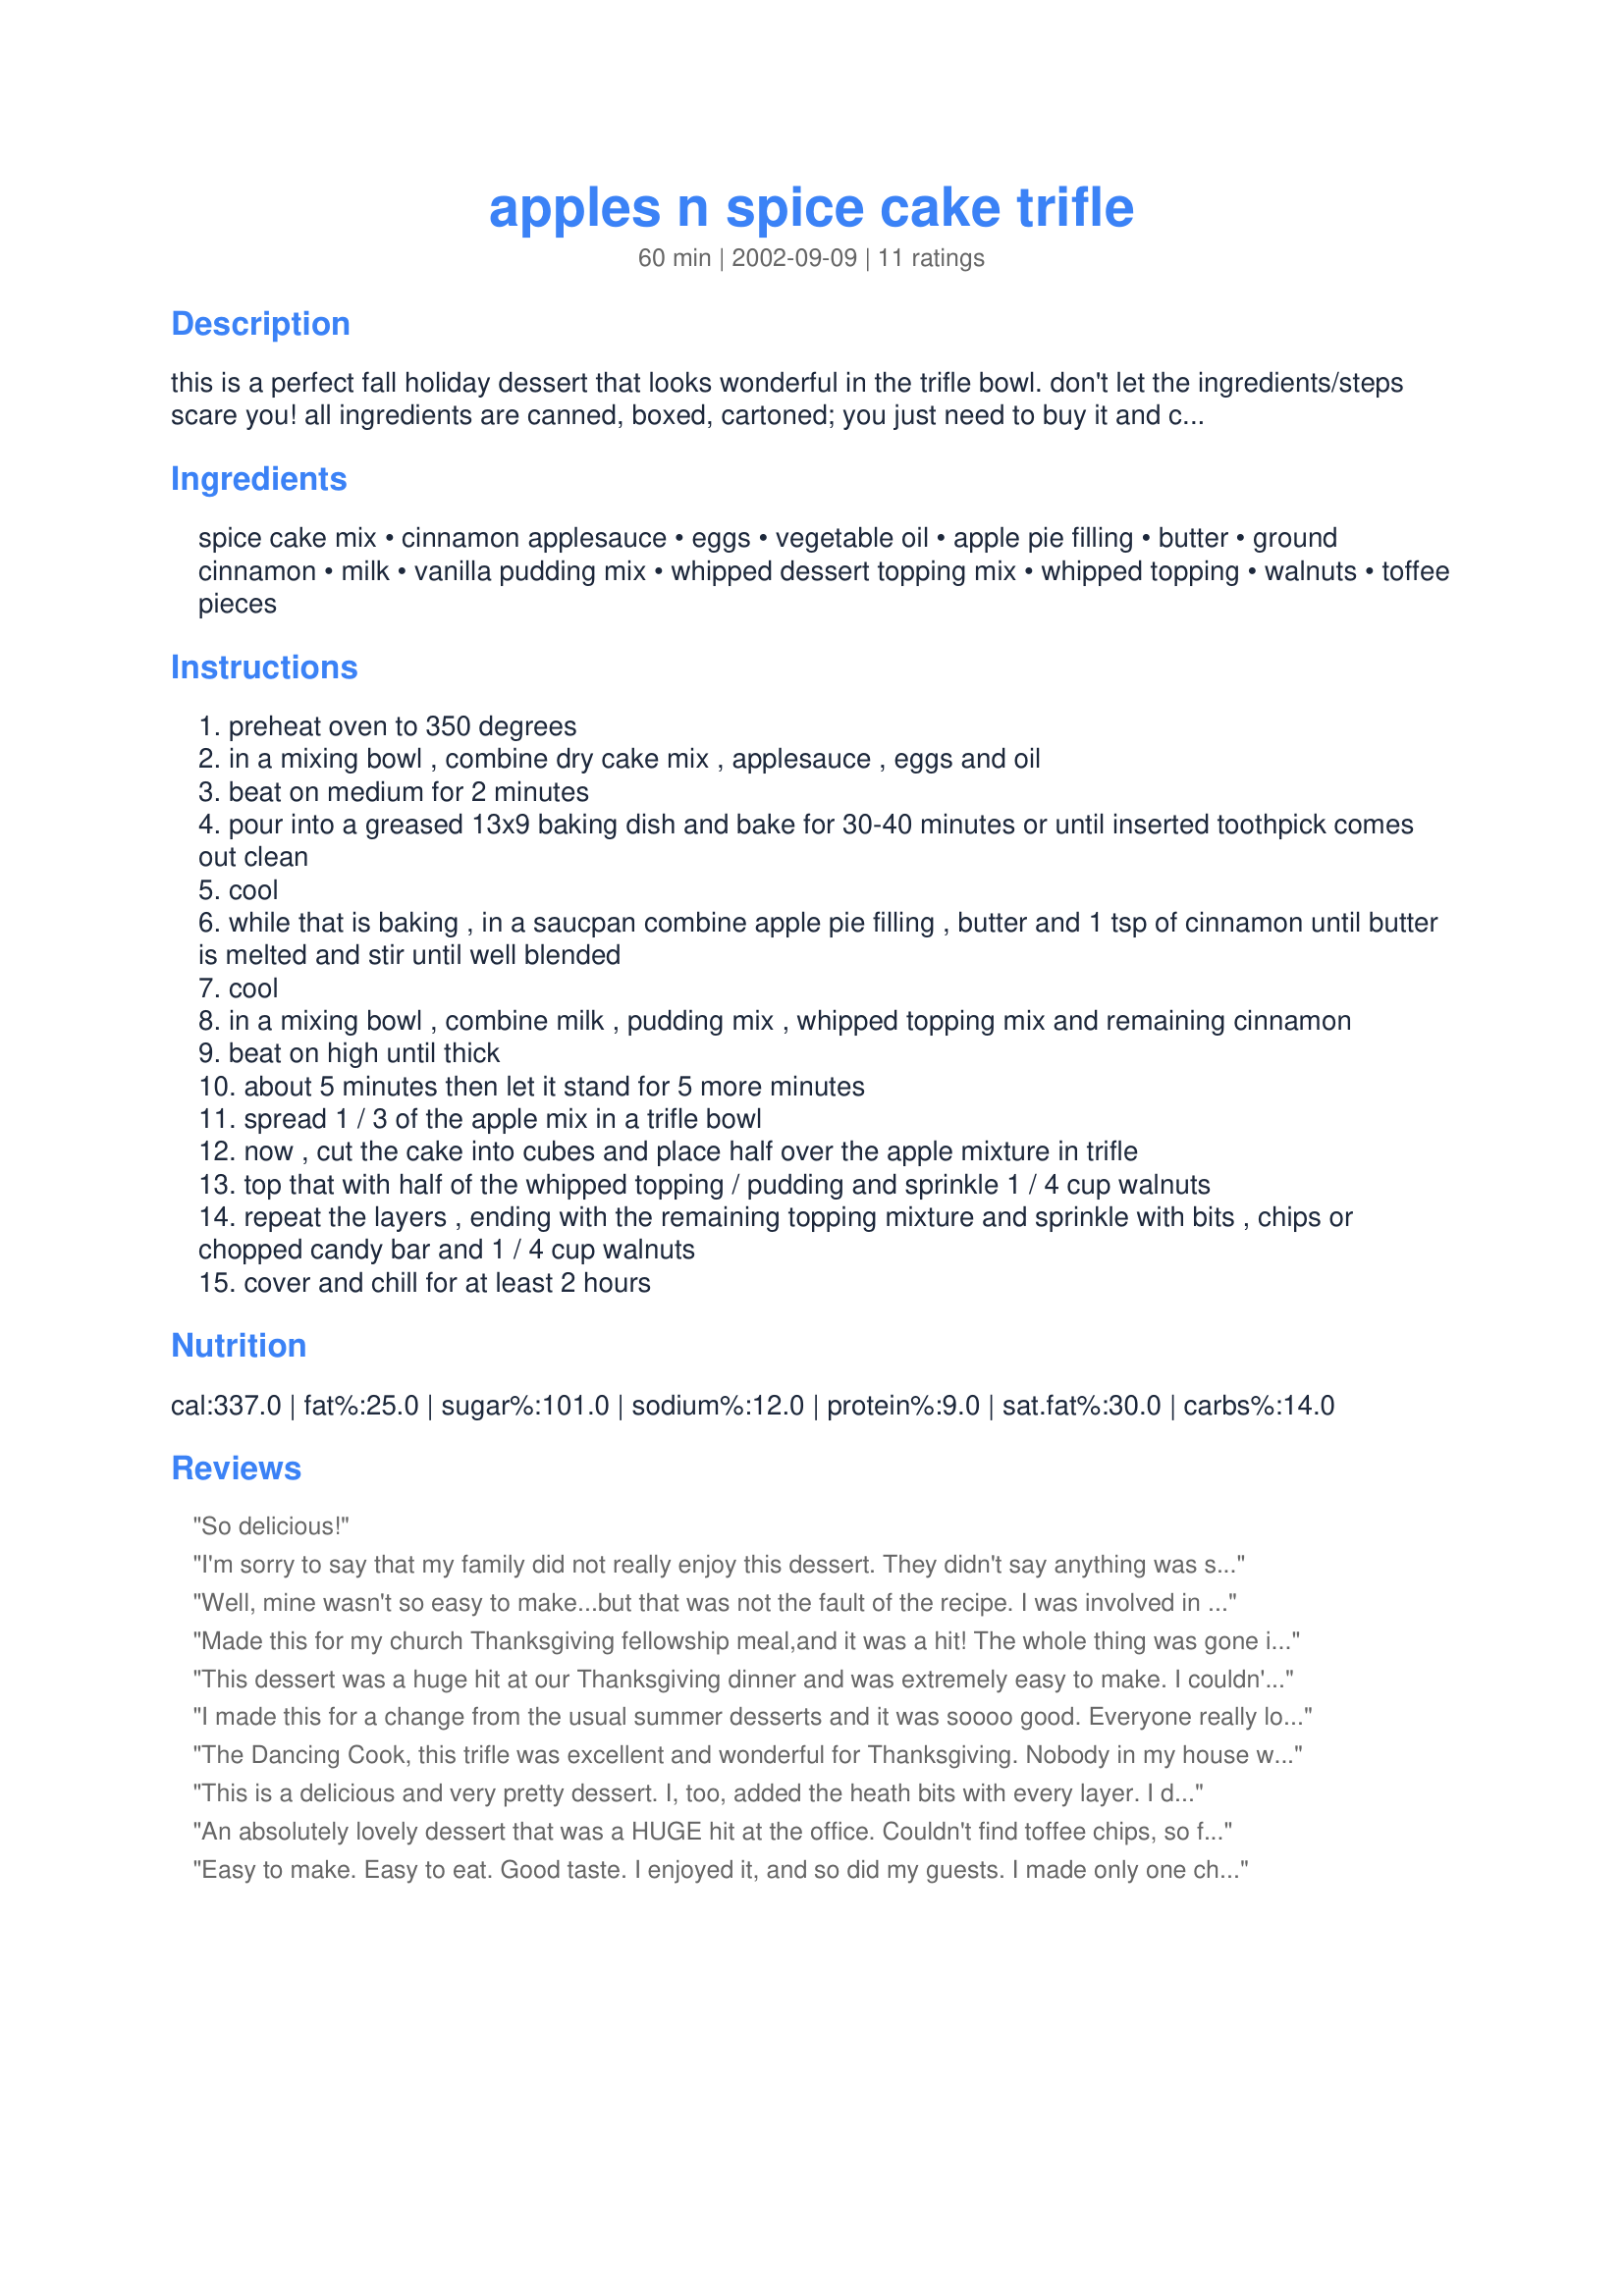
apples n spice cake trifle
Preparation time: 60 minutes

this is a perfect fall holiday dessert that looks wonderful in the trifle bowl. don't let the ingredients/steps scare you! all ingredients are canned, boxed, cartoned; you just need to buy it and combine it! one hour to prepare and the results are gratifying! this is so easy; i made this for my in-laws thanksgiving dinner when i was dating my husband; during that time period i had no kitchen skills whatsoever. very easy! prep time does not include cooling/chilling times. this recipe is from taste of home magazine, the october/november 1999 edition.

Ingredients:
spice cake mix, cinnamon applesauce, eggs, vegetable oil, apple pie filling, butter, ground cinnamon, milk, vanilla pudding mix, whipped dessert topping mix, whipped topping, walnuts, toffee pieces

Steps:
preheat oven to 350 degrees
in a mixing bowl , combine dry cake mix , applesauce , eggs and oil
beat on medium for 2 minutes
pour into a greased 13x9 baking dish and bake for 30-40 minutes or until inserted toothpick comes out clean
cool
while that is baking , in a saucpan combine apple pie filling , butter and 1 tsp of cinnamon until butter is melted and stir until well blended
cool
in a mixing bowl , combine milk , pudding mix , whipped topping mix and remaining cinnamon
beat on high until thick
about 5 minutes then let it stand for 5 more minutes
spread 1 / 3 of the apple mix in a trifle bowl
now , cut the cake into cubes and place half over the apple mixture in trifle
top that with half of the whipped topping / pudding and sprinkle 1 / 4 cup walnuts
repeat the layers , ending with the remaining topping mixture and sprinkle with bits , chips or chopped candy bar and 1 / 4 cup walnuts
cover and chill for at least 2 hours

Reviews:
So delicious!
I'm sorry to say that my family did not really enjoy this dessert. They didn't say anything was specifically wrong with it just that they "Liked other things much better." I thought the taste was pretty good, you could taste the spice cake mostly, and it was a bit too moist for us. I'm sure others would probably like this, it just didn't fly with my family.
Well, mine wasn't so easy to make...but that was not the fault of the recipe. I was involved in a dessert making contest and chose to use this recipe, but the cake, apple pie filling, pudding and whipped topping all had to be made from scratch. Even with the extra work, it was well worth the effort. This recipe recieved many compliments from the guests who rated the dishes and enjoyed the fruits of our labors. Thank you for sharing.
Made this for my church Thanksgiving fellowship meal,and it was a hit! The whole thing was gone in 30 minutes! I love Heath bars so I added the bits in each layer rather than just for the topping. Very easy to make, and best when served as cold as possible.
This dessert was a huge hit at our Thanksgiving dinner and was extremely easy to make. I couldn't find any of the suggested toppings to sprinkle on the dessert, so I used miniature cinnamon chips. I was unsure as to when the 12 oz. carton of whipped topping should be used...I read the instructions several times to be sure I wasn't missing reading when this should be added. I finally ended up putting it on top of the trifle and sprinkling the chips on it.
I made this for a change from the usual summer desserts and it was soooo good. Everyone really loved it and wanted the recipe. I made my own spice cake recipe and smashed some Wherther's toffee candies in place of the original ingredients and it was absolutetly delicious. I'll surly be making this again & again.
The Dancing Cook, this trifle was excellent and wonderful for Thanksgiving. Nobody in my house was in the mood for pumpkin pie, so I made this. I used reduced-fat cream cheese and Werther's Original's candies crushed for the Heath toffee chips-it was yummy. Thank you for a great recipe.
This is a delicious and very pretty dessert. I, too, added the heath bits with every layer. I did not find the quantity of walnuts or the apple pie mixture to be sufficient to cover the whole cake twice - I doubled the walnuts and only had one layer of appes. I also drizzled the Irish cream over the top but should have put it over the cake layers so they could absorb it. Will definitely make again with adaptations.
An absolutely lovely dessert that was a HUGE hit at the office. Couldn't find toffee chips, so froze a heath candy bar and broke it up.
Easy to make. Easy to eat. Good taste. I enjoyed it, and so did my guests. I made only one change to the recipe - I sprinkled a small quantity of Irish Cream over the cake About 3 tablespoons in all. It adds a little "lift".
But the basic recipe is very good on its own.
This is a beautiful, elegant dessert. Very easy to make and the taste is soooo yummy. I also added the Heath Bar bits with every layer. Thanks for the recipe.
